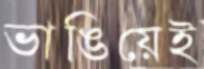
ভাঙিয়েই